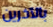
بالآخرين